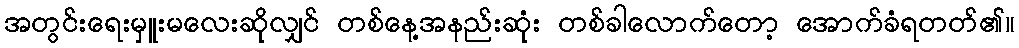
အတွင်းရေးမှူးမလေးဆိုလျှင် တစ်နေ့အနည်းဆုံး တစ်ခါလောက်တော့ အောက်ခံရတတ်၏။